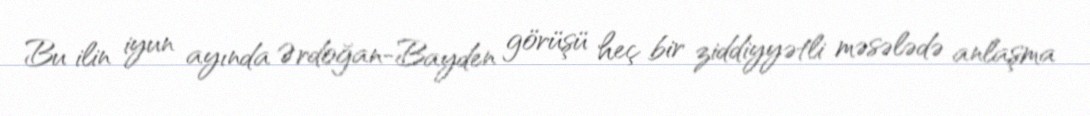
Bu ilin iyun ayında Ərdoğan-Bayden görüşü heç bir ziddiyyətli məsələdə anlaşma